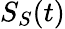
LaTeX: S_{S}(t)